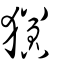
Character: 㺧